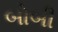
બોબી